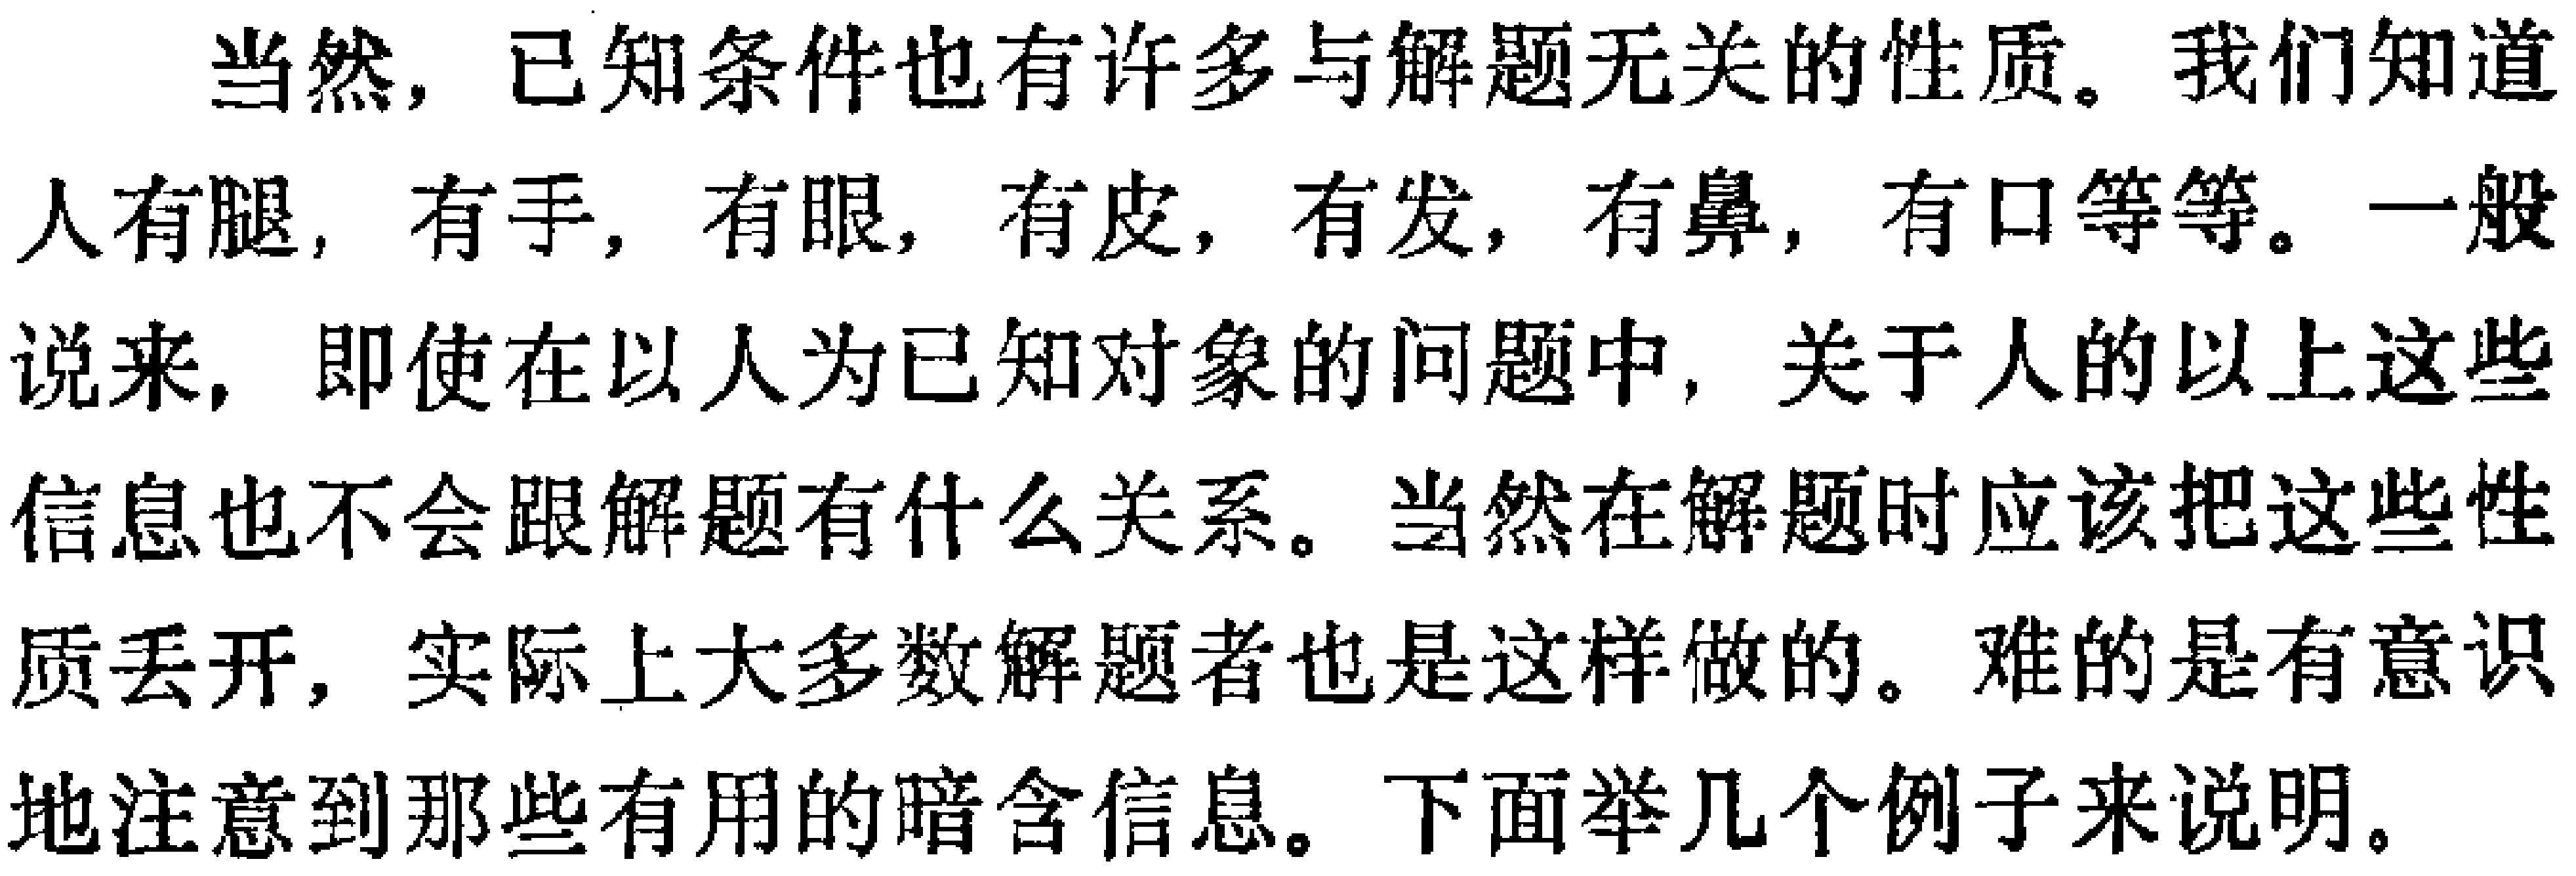
当然，已知条件也有许多与解题无关的性质。我们知道人有腿，有手，有眼，有皮，有发，有鼻，有口等等。一般说来，即使在以人为已知对象的问题中，关于人的以上这些信息也不会跟解题有什么关系。当然在解题时应该把这些性质丢开，实际上大多数解题者也是这样做的。难的是有意识地注意到那些有用的暗含信息。下面举几个例子来说明。